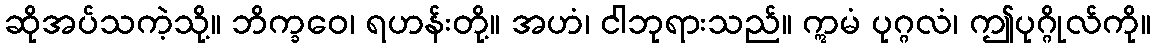
ဆိုအပ်သကဲ့သို့။ ဘိက္ခဝေ၊ ရဟန်းတို့။ အဟံ၊ ငါဘုရားသည်။ ဣမံ ပုဂ္ဂလံ၊ ဤပုဂ္ဂိုလ်ကို။